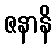
ဇနာနိ